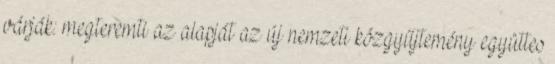
várják: megteremti az alapját az új nemzeti közgyűjtemény együttes